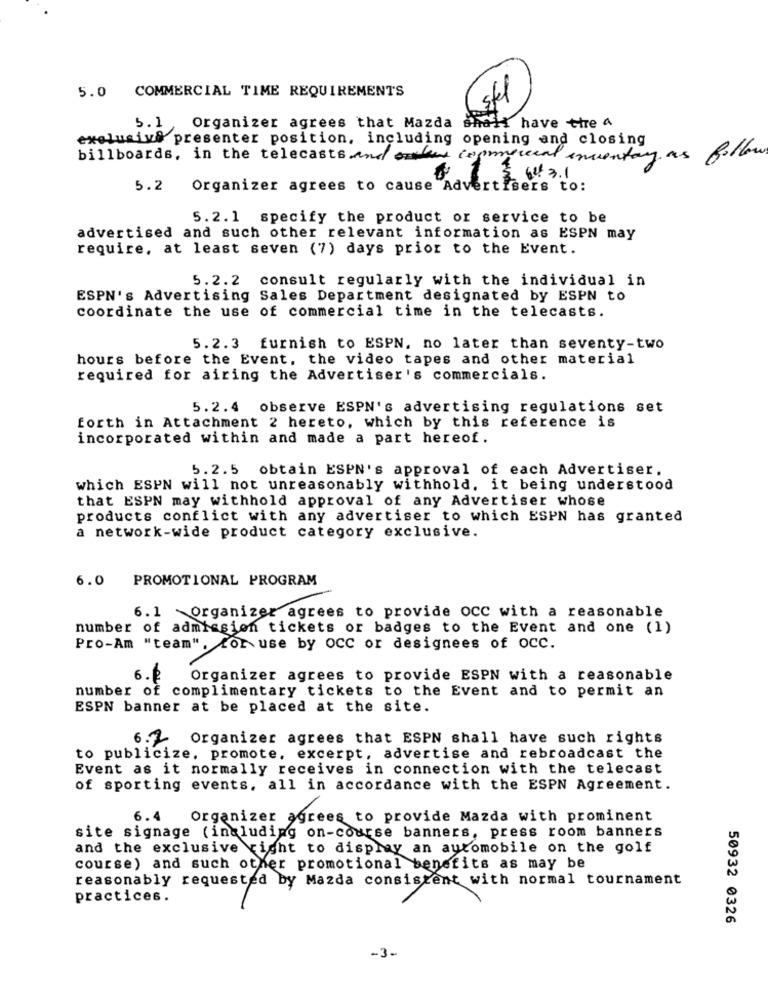
5.0 COMMERCIAL TIME REQUIREMENTS
stel
Organizer agrees that Mazda shall have tire 4
5.1
exclusivo presenter position, including opening and closing
billboards, in the telecasts and other commercial enventay as follow
Get 3.1
5.2 Organizer agrees to cause Advertisers to:
5.2.1 specify the product or service to be
advertised and such other relevant information as ESPN may
require, at least seven (7) days prior to the Event.
5.2.2 consult regularly with the individual in
ESPN's Advertising Sales Department designated by ESPN to
coordinate the use of commercial time in the telecasts.
5.2.3 furnish to ESPN, no later than seventy-two
hours before the Event, the video tapes and other material
required for airing the Advertiser's commercials.
5.2.4 observe ESPN's advertising regulations set
forth in Attachment 2 hereto, which by this reference is
incorporated within and made a part hereof.
5.2.5 obtain ESPN's approval of each Advertiser.
which ESPN will not unreasonably withhold, it being understood
that ESPN may withhold approval of any Advertiser whose
products conflict with any advertiser to which ESPN has granted
a network-wide product category exclusive.
6.0 PROMOTIONAL PROGRAM
6.1 Organizer agrees to provide OCC with a reasonable
number of admission tickets or badges to the Event and one (1)
Pro-Am "team", for use by OCC or designees of occ.
6.6
Organizer agrees to provide ESPN with a reasonable
number of complimentary tickets to the Event and to permit an
ESPN banner at be placed at the site.
6.7 Organizer agrees that ESPN shall have such rights
to publicize, promote, excerpt, advertise and rebroadcast the
Event as it normally receives in connection with the telecast
of sporting events, all in accordance with the ESPN Agreement.
6.4
Organizer agrees to provide Mazda with prominent
site signage (including on-course banners, press room banners
and the exclusive right to display an automobile on the golf
course) and such other promotional benefits as may be
reasonably requested by Mazda consistent with normal tournament
practices.
50932 0326
-3-